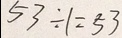
5 3 \div 1 = 5 3